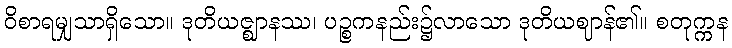
ဝိစာရမျှသာရှိသော။ ဒုတိယဇ္ဈာနဿ၊ ပဉ္စကနည်း၌လာသော ဒုတိယဈာန်၏။ စတုက္ကန